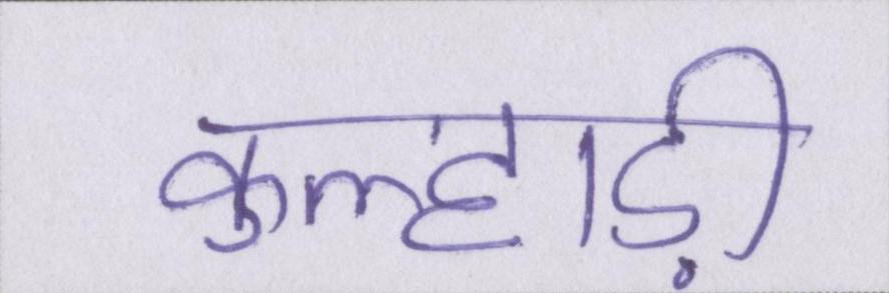
कुल्हाड़ी